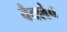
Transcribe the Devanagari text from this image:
वैक्लेव